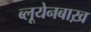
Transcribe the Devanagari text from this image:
ब्लूयेनबाख़